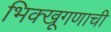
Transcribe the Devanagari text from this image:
भिक्खूगणाची